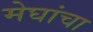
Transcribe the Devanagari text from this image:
मेघांचा